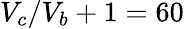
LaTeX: V_{c}/V_{b}+1=60